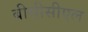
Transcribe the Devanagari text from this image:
बीसीसीएल